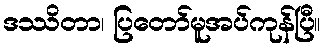
ဒဿိတာ၊ ပြတော်မူအပ်ကုန်ပြီ။